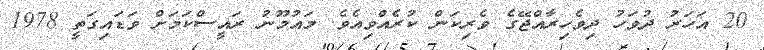
20 އަހަރު ދުވަހު ދިވެހިރާއްޖޭގެ ވެރިކަން ކުރެއްވިއެވެ. މައުމޫނު ރައީސްކަމަށް ވަޑައިގަތީ 1978